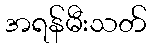
အရန်မီးသတ်